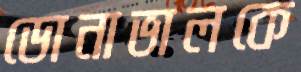
ডোনাভালকে